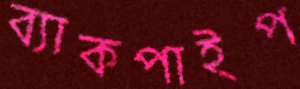
ব্যাকপাইপ